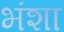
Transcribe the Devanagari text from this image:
भंशा